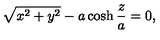
\sqrt { x ^ { 2 } + y ^ { 2 } } - a \cosh \frac { z } { a } = 0 ,